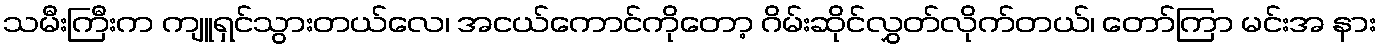
သမီးကြီးက ကျူရှင်သွားတယ်လေ၊ အငယ်ကောင်ကိုတော့ ဂိမ်းဆိုင်လွှတ်လိုက်တယ်၊ တော်ကြာ မင်းအ နား